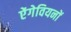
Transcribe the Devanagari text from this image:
ऐंगेवियनों